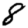
Digit: 8